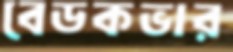
বেডকভার